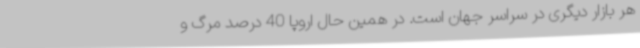
هر بازار دیگری در سراسر جهان است. در همین حال اروپا 40 درصد مرگ و